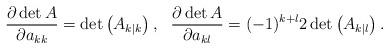
LaTeX: \begin{align*}\dfrac{\partial \det A}{\partial a_{kk}}=\det\left(A_{k|k}\right),\ \ \dfrac{\partial \det A}{\partial a_{k\l}}=(-1)^{k+\l}2\det\left(A_{k|\l}\right).\end{align*}